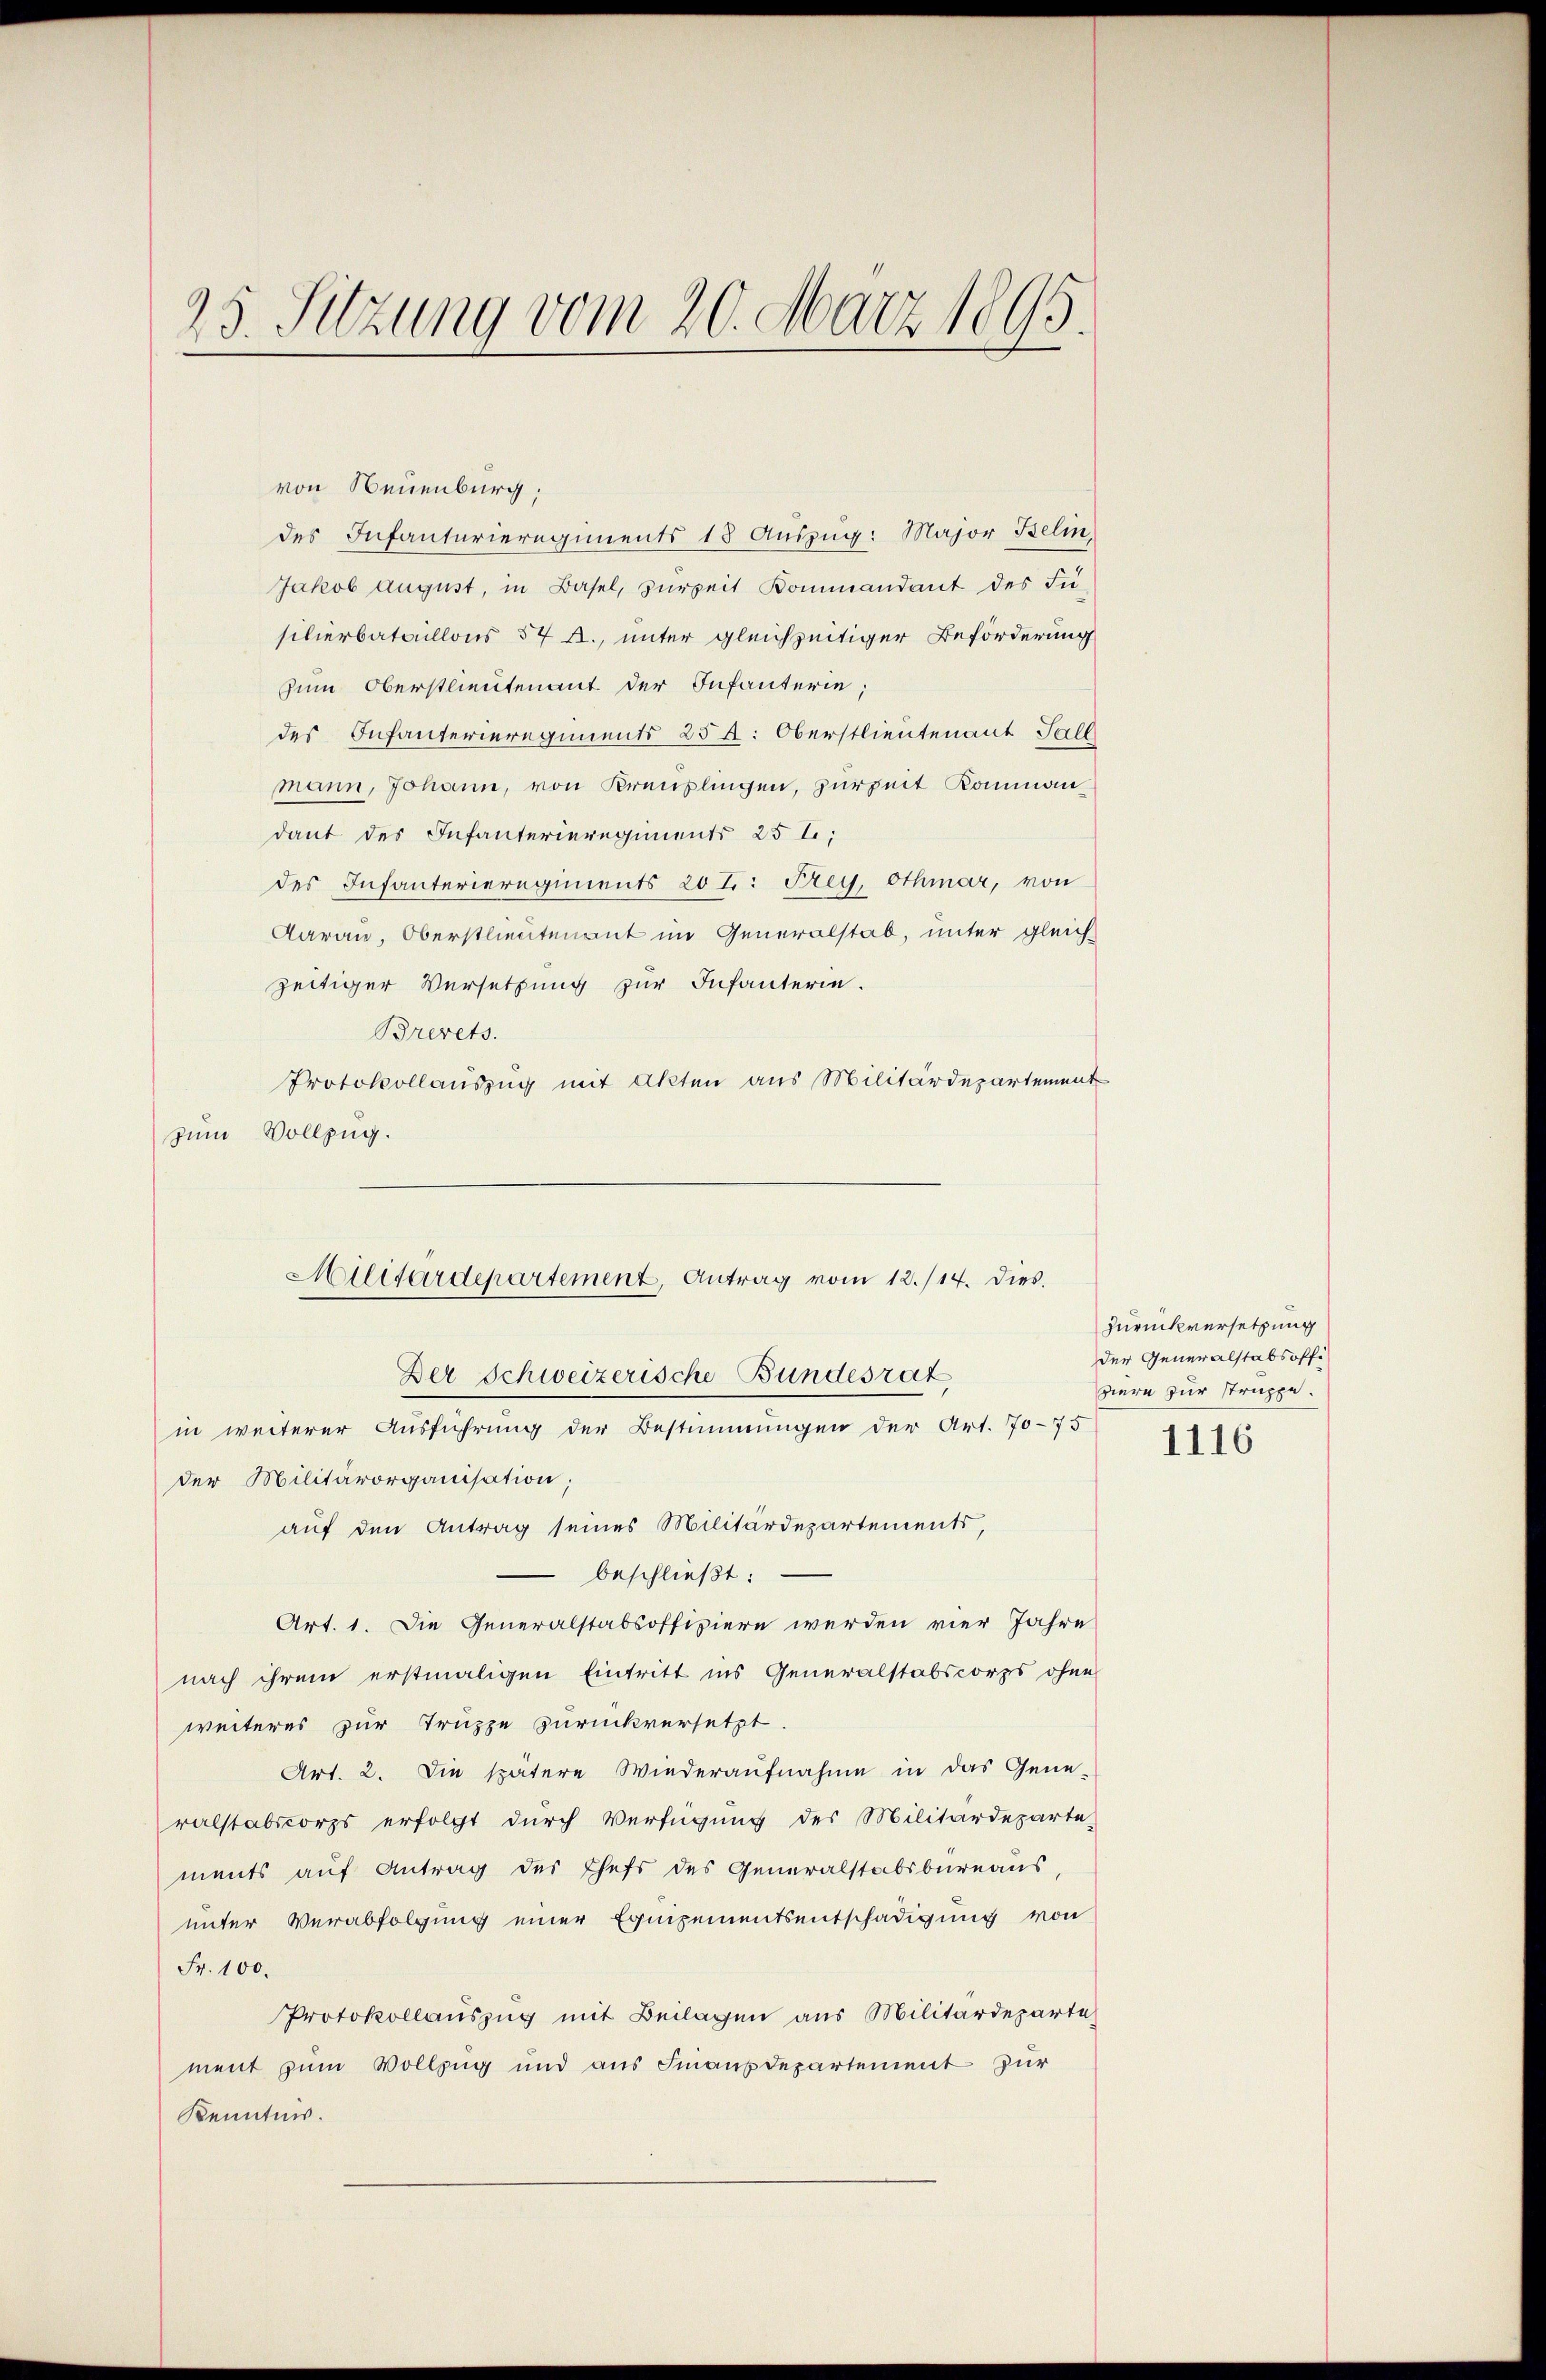
25. Sitzung vom 20. März 1895.

von Neuenburg,
des Infanturieregiments 18 Auszug: Major Belin,
Jakob august, in Basel, zurzeit Kommandant des Fü-
silierbataillons 54 f., unter gleichzeitiger Beförderung
zum Oberstlieutenant der Infanterie,
des Infanterieregiments 254: Oberstlieutenant Sall
mann, Johann, von Kreuzlingen, zurzeit Kommann
dant des Infanterieregiments 25 t,
des Infanterieregiments 20 t: Frey, Othmar, von
Aarau, Oberstlieutenant im Generalstab, unter gleich-
zeitiger Versetzung zur Infanterie.
Brevets.
Protokollauszug mit Akten aus Militärdepartement
zum Vollzug.
in weiterer Ausführung der Bestimmungen der Art. 70-75
der Militärorganisation;
auf den Antrag seines Militärdepartements,
beschließt:
Art. 1. Die Generalstabsoffiziern werden vier Jahre
nach ihrem erstmaligen Eintritt ins Generalstabscorps ohne
weiteres zur Truppe zurückversetzt.
Art. 2. Die spätere Wiederaufnahme in das Gene-
ralstabscorps erfolgt durch Verfügung des Militärdeparte-
ments auf Antrag des Chefs des Generalstabsbureaus,
unter Verabfolgung einer Equipementsentschädigung von
Fr. 100.
Protokollauszug mit Beilagen aus Militärdeparte
ment zum Vollzug und aus Finanzdepartement zur
Kenntnis.

Militärdepartement, Antrag vom 12./14. dies.
Der Schweizerische Bundesrat

Zurückversetzung
der Generalstabsoffi
Hiern zur struppe.

1116